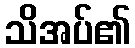
သိအပ်၏